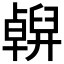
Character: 𠧇